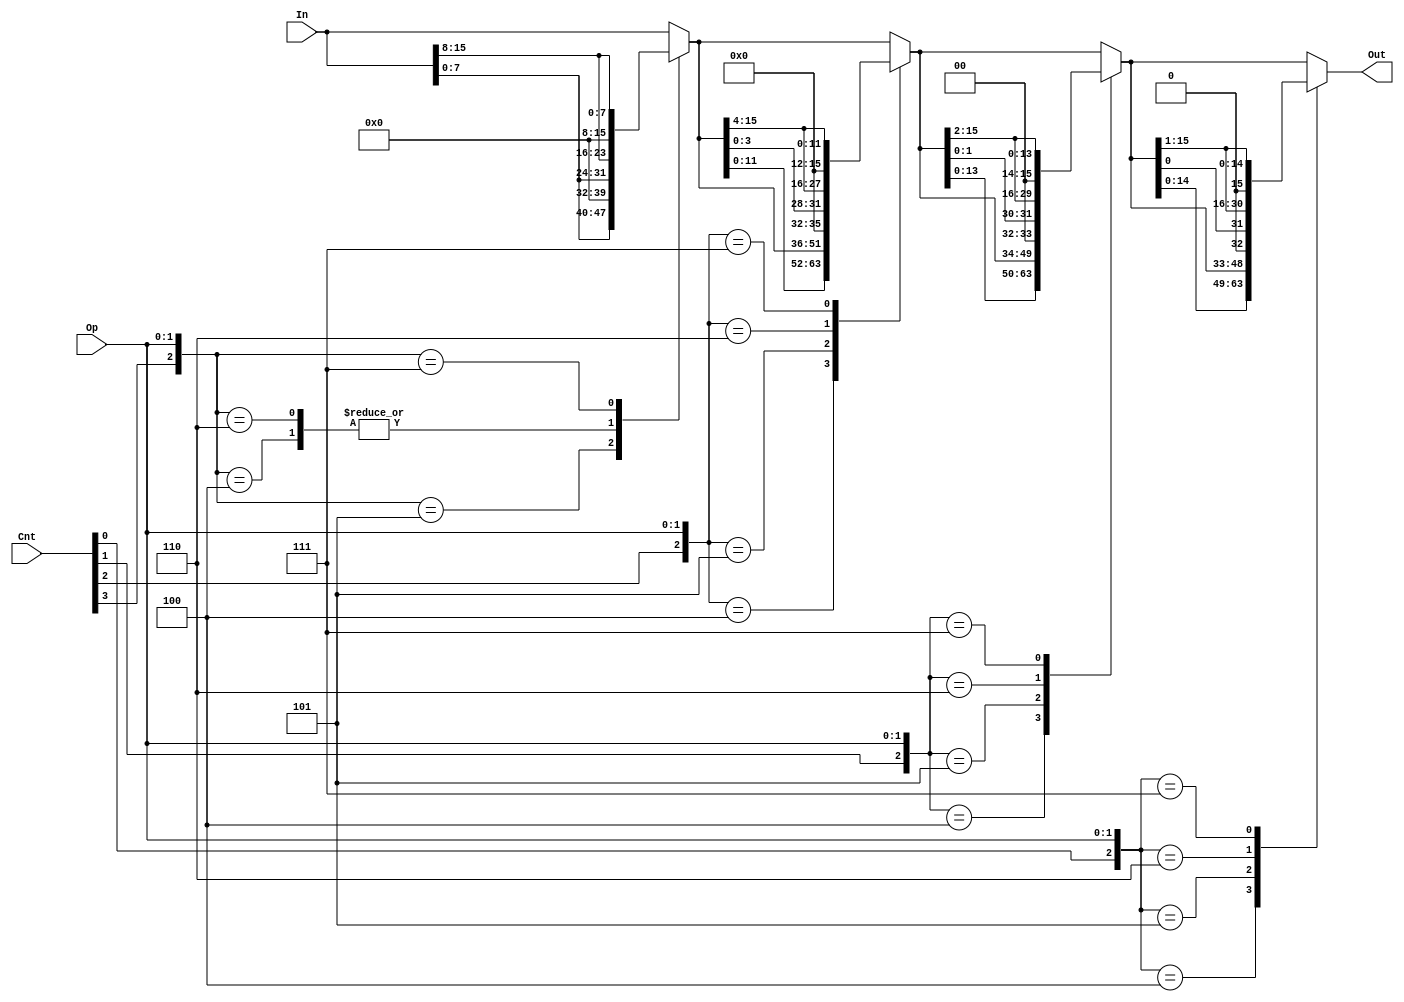
/*
    CS/ECE 552 FALL '22
    Homework #2, Problem 2
    
    A barrel shifter module.  It is designed to shift a number via rotate
    left, shift left, shift right arithmetic, or shift right logical based
    on the 'Oper' value that is passed in.  It uses these
    shifts to shift the value any number of bits.
 */
module shifter (In, Cnt, Op, Out);
  
  input [15:0] In;
  input [3:0] Cnt; 
  input [1:0] Op; 
  output reg [15:0] Out;

  
  reg [15:0] eight_four, four_two, two_one;  
    

  always @(*) begin
    // check for Cnt = 4'b1xxx
    case ({Cnt[3], Op})
      // rotate left
      3'b100: eight_four <= {In[7:0], In[15:8]};
      // logical left shift
      3'b101: eight_four <= {In[7:0], 8'h00};
      // arithmetic right shift
      3'b110: eight_four <= {In[7:0], In[15:8]};
      // ligical right shfit
      3'b111: eight_four <= {8'h00, In[15:8]};
      // 4'b0xxx found
      default: eight_four <= In;
    endcase
  end

  always @(*) begin
    // check for Cnt = 4'bx1xx
    case ({Cnt[2], Op})
      // rotate left
      3'b100: four_two <= {eight_four[11:0], eight_four[15:12]};
      // logical left shift
      3'b101: four_two <= {eight_four[13:0], 4'h0};
      // arithmetic right shfit
      3'b110: four_two <= {eight_four[3:0], eight_four[15:4]};
      // logical right shfit
      3'b111: four_two <= {4'h0, eight_four[15:4]};
      // 4'bx0xx found
      default: four_two <= eight_four;
    endcase
  end

  always @(*) begin
    // check for Cnt = 4'bxx1x
    case ({Cnt[1], Op})
      // rotate left
      3'b100: two_one <= {four_two[13:0], four_two[15:14]};
      // logical left shift
      3'b101: two_one <= {four_two[13:0], 2'b00};
      // arithmetic right shift
      3'b110: two_one <= {four_two[1:0], four_two[15:2]};
      // lociacl right shfit
      3'b111: two_one <= {2'b00, four_two[15:2]};
      // 4'hxx0x found
      default: two_one <= four_two;
    endcase
  end

  always @(*) begin
    // check for Cnt = 4'bxxx1
    case ({Cnt[0], Op})
      // rotate left
      3'b100: Out <= {two_one[14:0], two_one[15]};
      // logical left shift
      3'b101: Out <= {two_one[14:0], 1'b0};
      // arithmetic right shift
      3'b110: Out <= {two_one[0], two_one[15:1]};
      // logical right shift
      3'b111: Out <= {1'b0, two_one[15:1]};
      // 4'bxxx0 found
      default: Out <= two_one;
    endcase
  end
  
endmodule